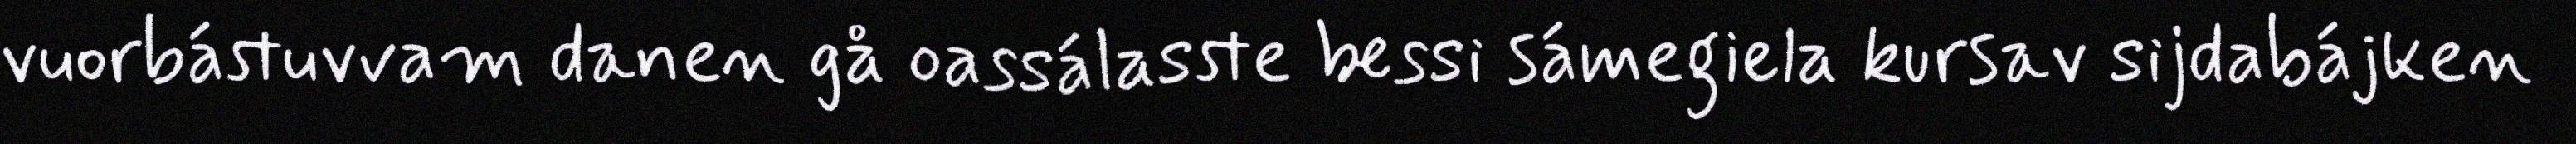
vuorbástuvvam danen gå oassálasste bessi sámegiela kursav sijdabájken